Vaccination returns of the Province of Eastern Bengal and Assam - 1905-1912
Year: 1905
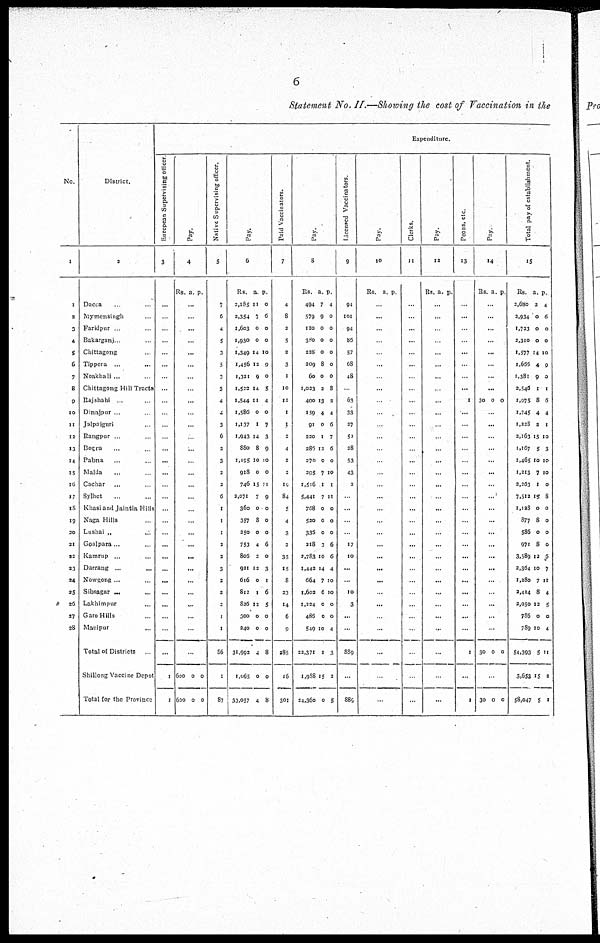
6
Statement No. II.—Showing the cost of Vaccination in the
No.
1
1
3
3
4
5
6
7
8
9
10
11
12
13
14
15
16
17
18
19
20
21
22
23
24
25
26
27
28
District.
2
Dacca ... ...
Mymensingh ...
Faridpur ... ...
Bakarganj ... ...
Chittagong ... ...
Tippera
...
...
Noakhali ... ...
Chittagong Hill Tracts
Rajshahi ... ...
Dinajpur ... ...
Jalpaiguri ... ...
Rangpur ... ...
Bogra ... ...
Pabna ... ...
Malda ... ...
Cachar ... ...
Sylhet ... ...
Khasi and Jaintia Hills
Naga Hills ... ...
Lushai „ ... ...
Goalpara... ...
Kamrup ... ...
Darrang
...
...
Nowgong ... ...
Sibsagar ... ...
Lakhimpur ... ...
Garo Hills ... ...
Manipur ... ...
Total of Districts ...
Shillong Vaccine depôt
Total for the Province
Expenditure.
European Supervising officer.
3
...
...
...
...
...
...
...
...
...
...
...
...
...
...
...
...
...
...
...
...
...
...
...
...
...
...
...
...
...
1
1
Pay.
4
Rs. a. p.
...
...
...
...
...
...
...
...
...
...
...
...
...
...
...
...
...
...
...
...
...
...
...
...
...
...
...
...
...
600
600
0
0
0
0
Native Supervising officer.
5
7
6
4
5
3
5
3
3
4
4
3
6
2
3
2
2
6
1
1
1
2
2
3
2
2
2
1
1
86
1
87
Pay.
6
Rs.
2,185
2,354
1,603
1,930
1,349
1,456
1,321
1,522
1,544
1,586
1,137
1,943
880
1,195
918
746
2,071
360
357
250
753
806
921
616
812
826
300
240
31,992
1,065
33,057
a.
11
7
0
0
14
12
9
14
11
0
1
14
8
10
0
15
7
0
8
0
4
2
12
0
1
12
0
0
4
0
4
p.
0
6
0
0
10
9
0
5
4
0
7
3
9
10
0
11
9
0
0
0
6
0
3
1
6
5
0
0
8
0
8
Paid Vaccinators.
7
4
8
2
5
2
3
1
10
11
1
1
2
4
2
3
19
84
5
4
3
2
35
15
8
23
14
6
9
285
16
301
Pay.
8
Rs.
494
579
120
380
228
209
60
1,023
400
159
91
220
286
270
295
1,516
5,441
768
520
336
218
2,783
1,442
664
1,602
1,224
486
549
22,371
1,988
24,360
a.
7
9
0
0
0
8
0
2
13
4
0
1
12
0
7
1
7
0
0
0
3
10
14
7
6
0
0
10
1
15
0
p.
4
0
0
0
0
0
0
8
2
4
6
7
6
0
10
1
11
0
0
0
6
6
4
10
10
0
0
4
3
2
5
Licensed Vaccinators.
9
94
101
94
85
57
68
48
...
63
33
27
52
28
53
43
2
...
...
...
...
17
10
...
...
10
3
...
...
889
...
889
Pay.
10
Rs. a. p.
...
...
...
...
...
...
...
...
...
...
...
...
...
...
...
...
...
...
...
...
...
...
...
...
...
...
...
...
...
...
...
Clerks.
11
...
...
...
...
...
...
...
...
...
...
...
...
...
...
...
...
...
...
...
...
...
...
...
...
...
...
...
...
...
...
...
Pay.
12
Rs. a. p.
...
...
...
...
...
...
...
...
...
...
...
...
...
...
...
...
...
...
...
...
...
...
...
...
...
...
...
...
...
...
...
Peons, etc.
13
...
...
...
...
...
...
...
...
1
...
...
...
...
...
...
...
...
...
...
...
...
...
...
...
...
...
...
...
1
...
1
Pay.
14
Rs. a. p
...
...
...
...
...
...
...
...
30 0 0
...
...
...
...
...
...
...
...
...
...
...
...
...
...
...
...
...
...
...
30 0 0
...
30 0 0
Total pay of establishment.
15
Rs.
2,680
2,934
1,723
2,310
1,577
1,666
1,381
2,546
1,975
1,745
1,238
2,163
1,167
1,465
1,213
2,263
7,512
1,128
877
586
971
3,589
2,364
1,280
2,414
2,050
786
789
54,393
3,653
58,047
a.
2
0
0
0
14
4
9
1
8
4
2
15
5
10
7
1
10
0
8
0
8
12
10
7
8
12
0
10
5
15
5
p.
4
6
0
0
10
9
0
1
6
4
1
10
3
10
10
0
8
0
0
0
0
6
7
11
4
5
0
4
11
2
1